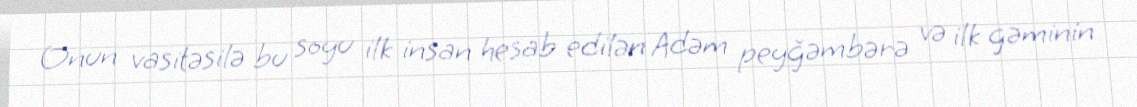
Onun vasitəsilə bu soyu ilk insan hesab edilən Adəm peyğəmbərə və ilk gəminin